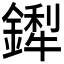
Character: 𬬁